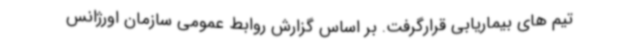
تیم های بیماریابی قرارگرفت. بر اساس گزارش روابط عمومی سازمان اورژانس